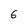
Character: 6